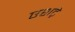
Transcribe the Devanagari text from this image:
एशट्रे